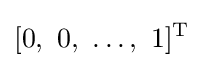
[0,\ 0,\ \ldots ,\ 1]^{\mathrm {T} }